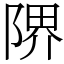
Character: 𨺬